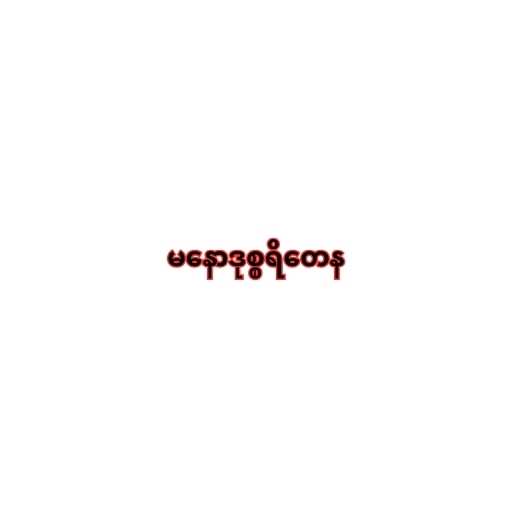
မနောဒုစ္စရိတေန